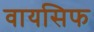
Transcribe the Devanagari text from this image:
वायसिफ